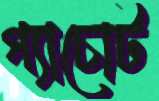
গ্যাচোট